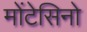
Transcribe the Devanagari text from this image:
मोंटेसिनो